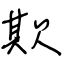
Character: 欺